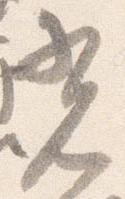
光